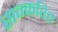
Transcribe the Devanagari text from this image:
सन्करित